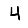
Digit: 4